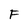
Character: F